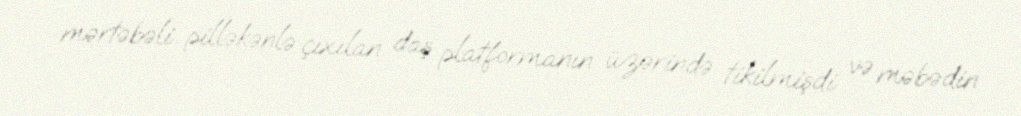
mərtəbəli pilləkənlə çıxılan daş platformanın üzərində tikilmişdi və məbədin